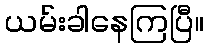
ယမ်းခါနေကြပြီ။